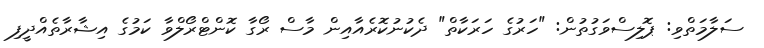
ސަލާމަތްވި: ޕޮލިސްވަގުތުން: "ހަރުގެ ހަރަކާތް" ދެކުނުކޮރެއާއިން މާސް ރޯގާ ކޮންޓްރޯލްވާ ކަމުގެ އިޝާރާތެއްދީފި